Tartu_pedagoogiumi_aruanded, lk 9
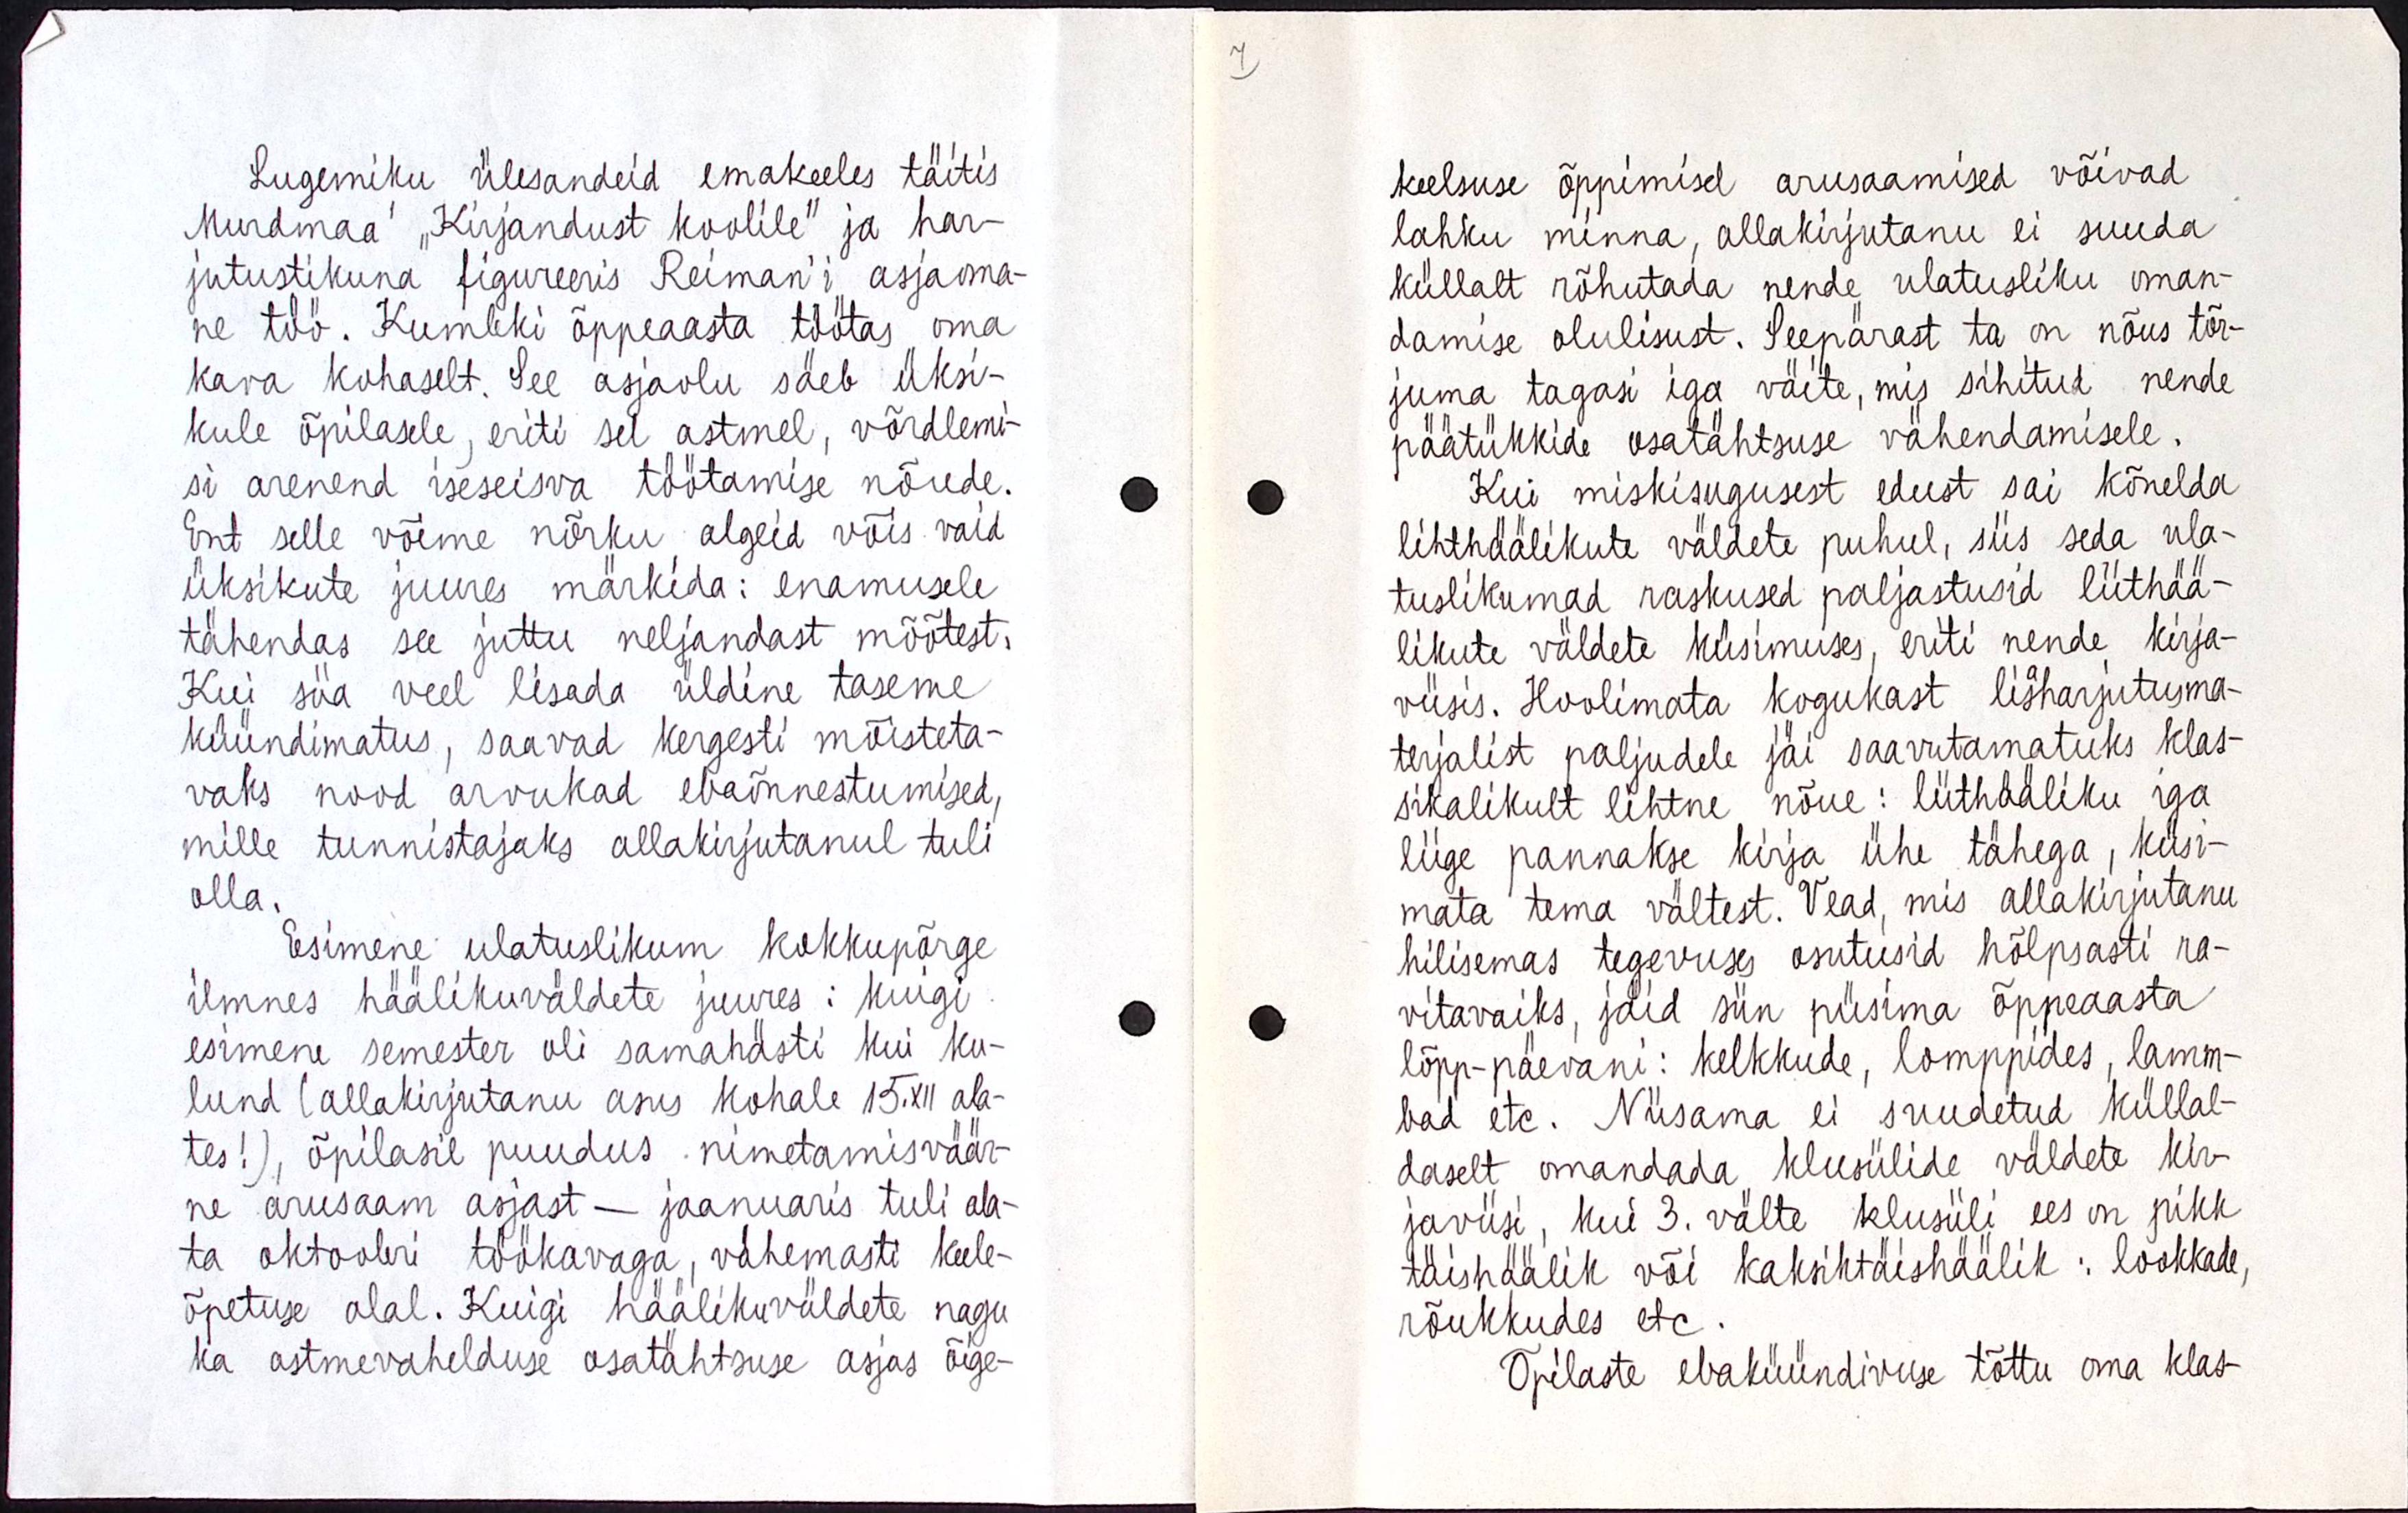
Lugemiku ülesandeid emakeeles täitis
Murdmaa ,, Kirjandust koolile " ja har-
jutustikuna figureeris Reiman´i asjaoma-
ne töö. Kumbki õppeaasta töötas oma
kava kohaselt. See asjaolu säeb üksi-
kule õpilasele, eriti sel astmel, võrdlemi-
si arenend iseseisva töötamise nõude.
Ent selle võime nõrku algeid võis vaid
üksikute juures märkida : enamusele
tähendas see juttu neljandast mõõtest,
kui siia veel lisada üldine taseme
küündimatus, saavad kergesti mõisteta-
vaks nood arvukad ebaõnnestumised,
mille tunnistajaks allakirjutanul tuli
olla.
Esimene ulatuslikum kokkupõrge
ilmnes häälikuväldete juures : kuigi
esimene semester oli samahästi kui ku-
lund ( allakirjutanu asus kohale 15.XII ala-
tes! ), õpilasil puudus nimetamisväär-
ne arusaam asjast - jaanuaris tuli ala-
ta oktoobri töökavaga, vähemasti keele-
õpetuse alal. Kuigi häälikuväldete nagu
ka astmevahelduse osatähtsuse asjas õige-

keelsuse õppimisel arusaamised võivad
lahku minna, allkirjutanu ei suuda
küllalt rõhutada nende ulatusliku oman-
damise olulisust. Seepärast ta on nõus tõr-
juma tagasi iga väite, mis sihitud nende
päätükkide osatähtsuse vähendamisele.
Kui miskisugusest edust sai kõneleda
lihthäälikute väldete puhul, siis seda ula-
tuslikumad raskused paljastusid liithää-
likute väldete küsimuses, eriti nende kirja-
viisis. Hoolimata kogukast lisaharjutusma-
terjalist paljudel jäi saavutamatuks klas-
sikalikult lihtne nõue : liithääliku iga
liige pannakse kirja ühe tähega, küsi-
mata tema vältest. Vead, mis allakirjutanu
hilisemas tegevuses osutusid hõlpsasti ra-
vitavaiks, jäid siin püsima õppeaasta
lõpp-päevani : kelkkude, lomppides, lamm-
bad etc. Niisama ei suudetud küllal-
daselt omandada klusiilide väldete kir-
javiisi, kui 3. välte klusiili ees on pikk
täishäälik või kaksiktäishäälik : lookkade,
nõukkudes etc.
Õpilaste ebaküündivuse tõttu oma klas-